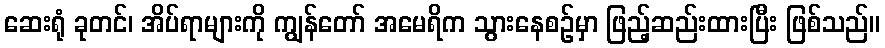
ဆေးရုံ ခုတင်၊ အိပ်ရာများကို ကျွန်တော် အမေရိက သွားနေစဉ်မှာ ဖြည့်ဆည်းထားပြီး ဖြစ်သည်။